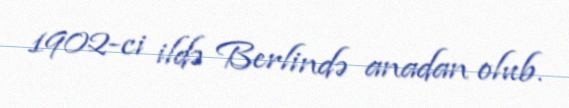
1902-ci ildə Berlində anadan olub.